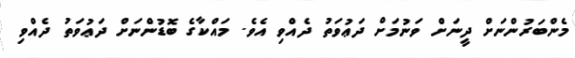
މެންބަރުންނަށް ދީނަށް ވަނުމަށް ދަޢުވަތު ދެއްވި އެވެ. މައްކާގެ ބޮޑުންނަށް ދަޢުވަތު ދެއްވި